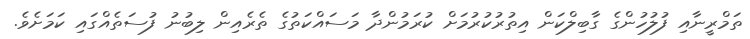
ތަމްރީނާއި ފުލުހުންގެ ގާބިލްކަން އިތުރުކުރުމަށް ކުރަމުންދާ މަސައްކަތުގެ ތެރެއިން ލިބުނު ފުސަތެއްގައި ކަމަށެވެ.